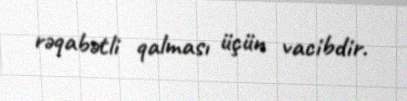
rəqabətli qalması üçün vacibdir.